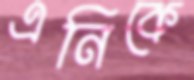
এনিকে